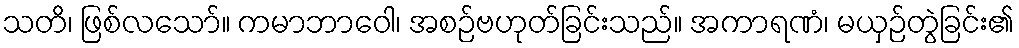
သတိ၊ ဖြစ်လသော်။ ကမာဘာဝေါ၊ အစဉ်ဗဟုတ်ခြင်းသည်။ အကာရဏံ၊ မယှဉ်တွဲခြင်း၏